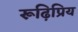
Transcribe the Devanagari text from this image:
रूढ़िप्रिय